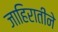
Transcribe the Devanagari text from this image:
जाहिरातीने